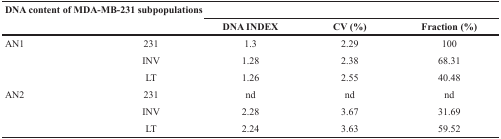
<table><thead><tr><td colspan="5"><b>DNA content of MDA-MB-231 subpopulations</b></td></tr><tr><td colspan="2"></td><td><b>DNA INDEX</b></td><td><b>CV (%)</b></td><td><b>Fraction (%)</b></td></tr></thead><tbody><tr><td rowspan="3">AN1</td><td>231</td><td>1.3</td><td>2.29</td><td>100</td></tr><tr><td>INV</td><td>1.28</td><td>2.38</td><td>68.31</td></tr><tr><td>LT</td><td>1.26</td><td>2.55</td><td>40.48</td></tr><tr><td rowspan="3">AN2</td><td>231</td><td>nd</td><td>nd</td><td>nd</td></tr><tr><td>INV</td><td>2.28</td><td>3.67</td><td>31.69</td></tr><tr><td>LT</td><td>2.24</td><td>3.63</td><td>59.52</td></tr></tbody></table>